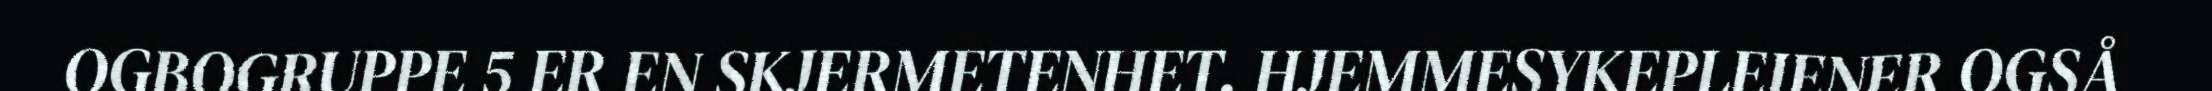
OGBOGRUPPE 5 ER EN SKJERMETENHET. HJEMMESYKEPLEIENER OGSÅ